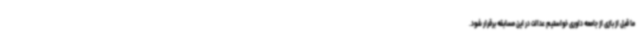
ما قبل از بازی از جامعه داوری خواستیم عدالت در این مسابقه برقرار شود.